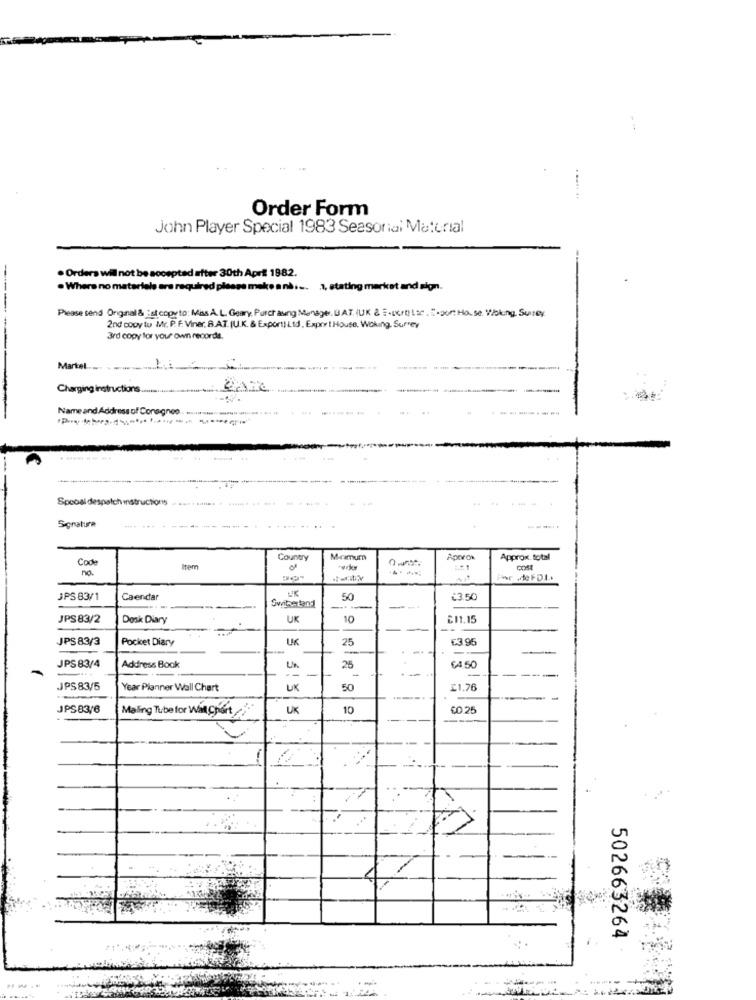
Order Form
John Player Special 1983 Seasonial Material
. Orders will not be accepted after 30th April 1982.
. Where no materiele are required please make a nåi -. 1, stating market and sign.
Please send Original & #st copyto: Miss A.L. Geary, Purchasing Manager. BAT. (UK & E-sort) Ise . E-port Hose. Vbking, Suitey
2nd cooy to Mr. P. F. Viner. B.AT. IU.K. & Export) Ltd, Expry t House, Woking, Surrey
3rd copy for your own records.
Martel .....
Charging instructions
Name and Address of Consignes .. ......... .... ...
Spooal despatch instructions
Signatura
Code
Country
M-camum
Aprox
Approx total
no.
Item
cont
The deFDL.
JPS 83/1
Caendar
50
€3.50
--
JPS83/2
Dosk Diary
UK
10
£11.15
JPS83/3
Pocket Diary
UK
25
€3.95
-
JPS83/4
Address Book
-
25
-
64 50
JPS83/5
Year Planner Wall Chart
UK
50
£1.76
JPS83/6
UK
10
CO 25
Mailing Tube for Win Chart
502663264